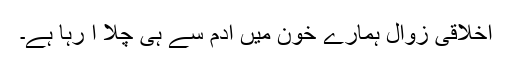
اخلاقی زوال ہمارے خون میں آدم سے ہی چلا آ رہا ہے۔